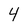
Character: 4